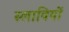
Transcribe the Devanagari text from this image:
स्लावियों